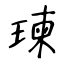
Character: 瑓